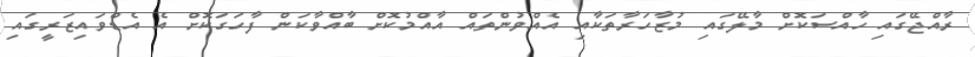
ރާއްޖޭގައި ހާއްސަކޮށް މާލޭގައި މުޒާހަރާތަކާއި އެއްވުންތައް އާއްމުކޮށް ބާއްވާކަން ފާހަގަކޮށް އެ އެޑްވައިޒަރީގައި